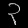
Digit: ၃